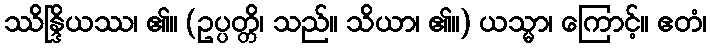
ဿိန္ဒြိယဿ၊ ၏။ (ဥပ္ပတ္တိ၊ သည်။ သိယာ၊ ၏။) ယသ္မာ၊ ကြောင့်။ ဧတံ၊